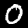
Digit: 0